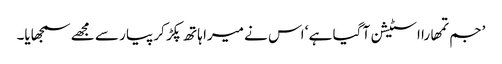
’جم تمھارا اسٹیشن آ گیا ہے ‘ اس نے میرا ہاتھ پکڑ کر پیار سے مجھے سمجھایا۔